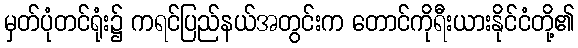
မှတ်ပုံတင်ရုံး၌ ကရင်ပြည်နယ်အတွင်းက တောင်ကိုရီးယားနိုင်ငံတို့၏